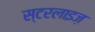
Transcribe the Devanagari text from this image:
स्टरलाइज़